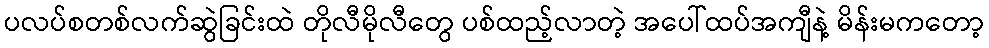
ပလပ်စတစ်လက်ဆွဲခြင်းထဲ တိုလီမိုလီတွေ ပစ်ထည့်လာတဲ့ အပေါ်ထပ်အကျီနဲ့ မိန်းမကတော့